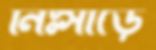
নিঃসাড়ে